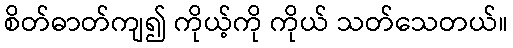
စိတ်ဓာတ်ကျ၍ ကိုယ့်ကို ကိုယ် သတ်သေတယ်။